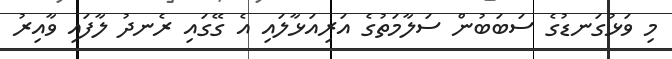
މި ވަޅުގަނޑުގެ ސަބަބުން ސަލާމަތުގެ އަރިއަޅާލައި އެ ގޭގައި ރެނދު ލާފައި ވާއިރު